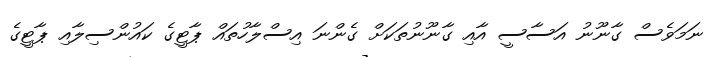
ނަމަވެސް ގާނޫނު އަސާސީ އާއި ގާނޫނުތަކަށް ގެންނަ އިސްލާހުތައް ޕާޓީގެ ކައުންސިލާއި ޕާޓީގެ